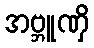
အဗ္ဘူဏှိ